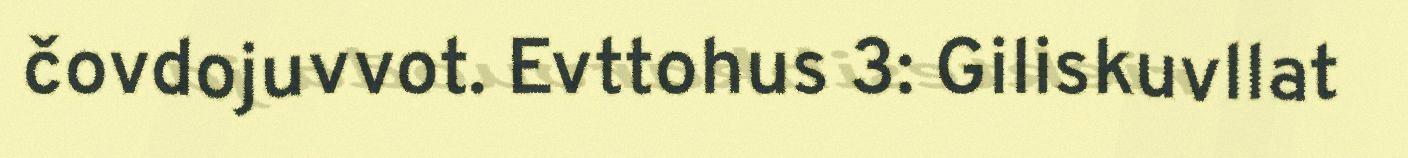
čovdojuvvot. Evttohus 3: Giliskuvllat